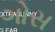
ગોસ